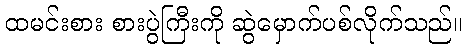
ထမင်းစား စားပွဲကြီးကို ဆွဲမှောက်ပစ်လိုက်သည်။